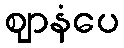
ဈာနံပေ